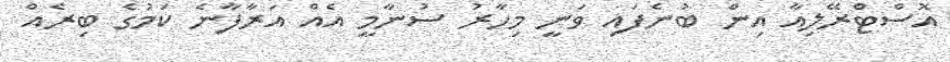
އޮސްޓްރޭލިއާ އިން ބުނެފައި ވަނީ މިހާރު ސުނާމީ އެއް އަރާފާނެ ކަމުގެ ބިރެއް